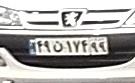
۴۹ن۱۷۴۹۹